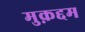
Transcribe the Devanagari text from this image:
मुक़द्दम